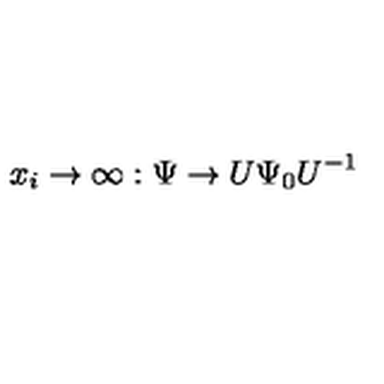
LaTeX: x _ { i } \rightarrow \infty : \Psi \rightarrow U \Psi _ { 0 } U ^ { - 1 }